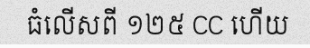
ធំលើសពី ១២៥ CC ហើយ